Provision of milk for school children, 1936
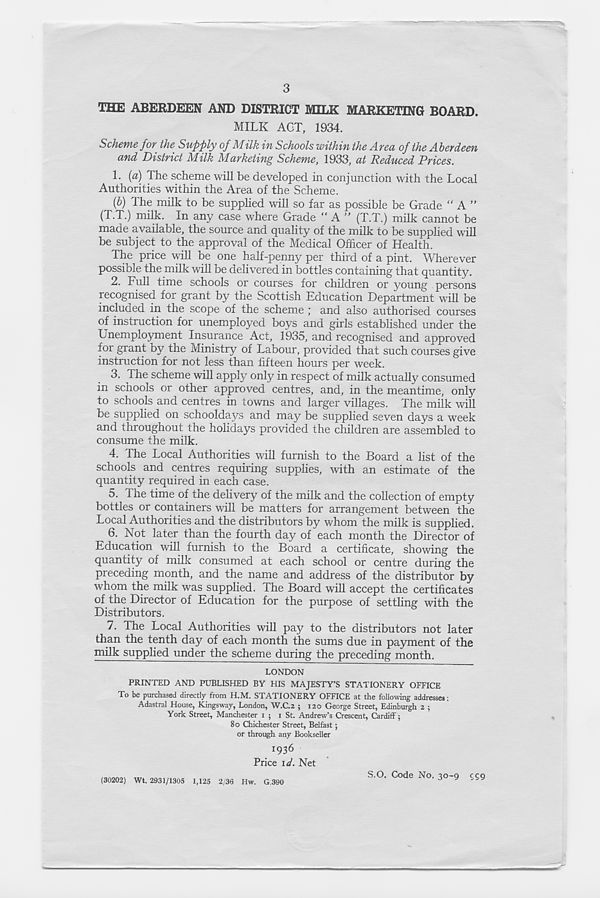
3
THE ABERDEEN AND DISTRICT MILK MARKETING BOARD.
MILK ACT, 1934.
Scheme foy the Supply of Milk in Schools within the Ayeu of the Aberdeen
and District Milk Marketing Scheme, 1933, at Reduced Prices.
1. (a) The scheme will be developed in conjunction with the Local
Authorities within the Area of the Scheme.
(b) The milk to be supplied will so far as possible be Grade “A”
(T.T.) milk. In any case where Grade “A” (T.T.) milk cannot be
made available, the source and quality of the milk to be supplied will
be subject to the approval of the Medical Officer of Health.
The price will be one half-penny per third of a pint. Wherever
possible the milk will be delivered in bottles containing that quantity.
2. Full time schools or courses for children or young persons
recognised for grant by the Scottish Education Department will be
included in the scope of the scheme ; and also authorised courses
of instruction for unemployed boys and girls established under the
Unemployment Insurance Act, 1935, and recognised and approved
foi grant by the Ministry of Labour, provided that such courses give
instruction for not less than fifteen hours per week.
3. The scheme will apply only in respect of milk actually consumed
in schools or other approved centres, and, in the meantime, only
to schools and centres in towns and larger villages. The milk will
be supplied on schoolda3/s and may be supplied seven days a week
and throughout the holidays provided the children are assembled to
consume the milk.
4. The Local Authorities will furnish to the Board a list of the
schools and centres requiring supplies, with an estimate of the
quantity required in each case.
5. The time of the delivery of the milk and the collection of empty
bottles or containers will be matters for arrangement between the
Local Authorities and the distributors by whom the milk is supplied.
6. Not later than the fourth day of each month the Director of
Education will furnish to the Board a certificate, showing the
quantity of milk consumed at each school or centre during the
preceding month, and the name and address of the distributor by
whom the milk was supplied. The Board will accept the certificates
of the Director of Education for the purpose of settling with the
Distributors.
7. The Local Authorities will pay to the distributors not later
than the tenth day of each month the sums due in payment of the
milk supplied under the scheme during the preceding month.
LONDON
PRINTED AND PUBLISHED BY HIS MAJESTY’S STATIONERY OFFICE
To be purchased directly from H.M. STATIONERY OFFICE at the following addresses;
Adastral House, Kingsway, London, W.C.2 ; 120 George Street, Edinburgh 2 ;
York Street, Manchester 1 ; 1 St. Andrew’s Crescent, Cardiff;
80 Chichester Street, Belfast ;
or through any Bookseller
1936
Price id. Net
(30202) Wt. 2931/1305 1,125 2/36 Hw. G.390
S.O. Code No. 30-9 599